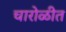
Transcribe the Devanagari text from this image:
चारोळीत